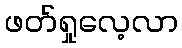
ဖတ်ရှုလေ့လာ